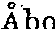
Åbo